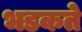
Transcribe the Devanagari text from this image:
भडकते